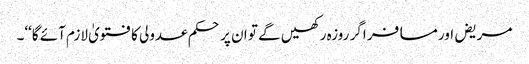
مریض اور مسافر اگر روزہ رکھیں گے تو ان پر حکم عدولی کا فتویٰ لازم آئے گا‘‘۔